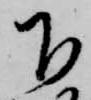
下